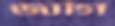
জাগি